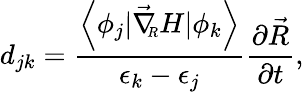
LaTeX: d_{jk}=\frac{\left<\phi_{j}|\vec{\nabla}_{\! \! \scriptsize R}H|\phi_{k}\right>}{\epsilon_{k}-\epsilon_{j}}\frac{\partial\vec{R}}{\partial t},